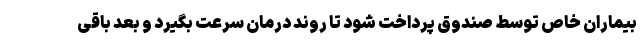
بیماران خاص توسط صندوق پرداخت شود تا روند درمان سرعت بگیرد و بعد باقی